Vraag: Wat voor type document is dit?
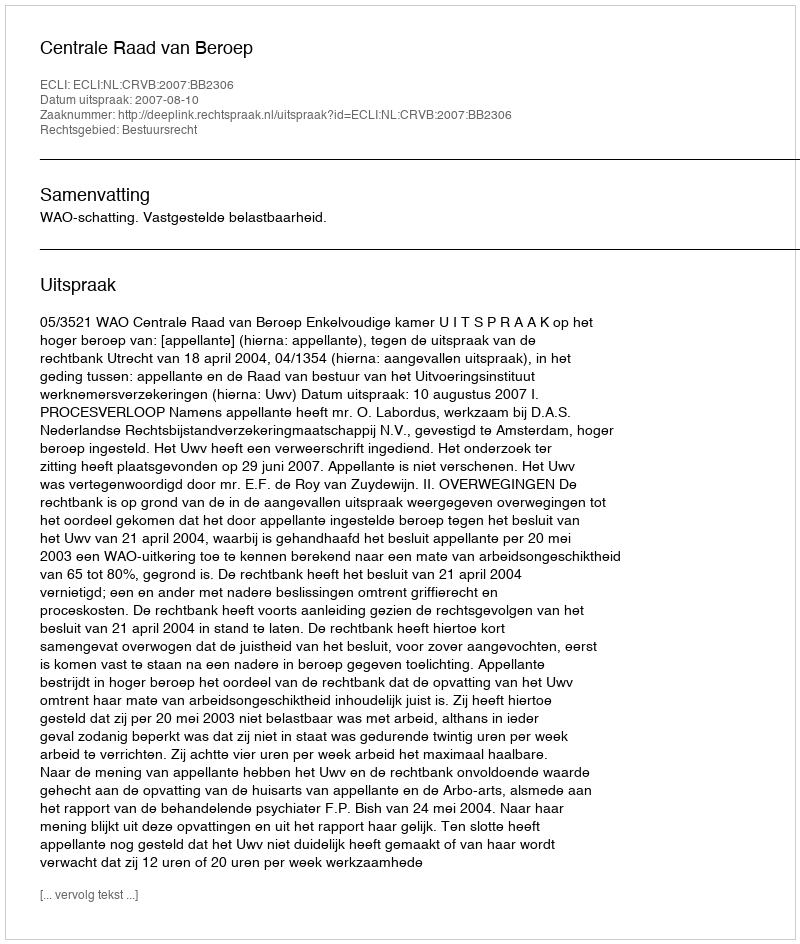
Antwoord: Uitspraak